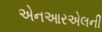
એનઆરએલની